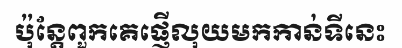
ប៉ុន្តែពួកគេផ្ញើលុយមកកាន់ទីនេះ